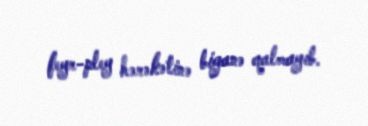
feyr-pley hərəkətinə biganə qalmayıb.